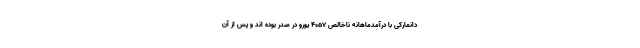
دانمارکی با درآمدماهانه ناخالص ۴۰۵۷ یورو در صدر بوده اند و پس از آن